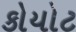
કોયોટ